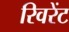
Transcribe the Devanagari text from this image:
रिवरेंट